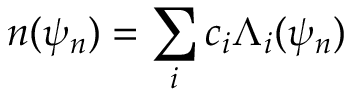
n ( \psi _ { n } ) = \sum _ { i } c _ { i } \Lambda _ { i } ( \psi _ { n } )